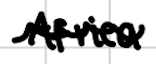
Text: Africa
Cross-out: mix
Writing tool: digital_black